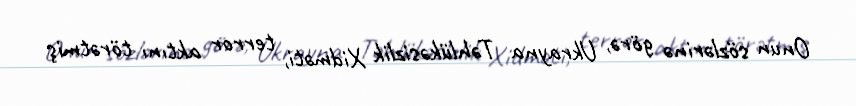
Onun sözlərinə görə, Ukrayna Təhlükəsizlik Xidməti, terror aktını törətmiş